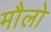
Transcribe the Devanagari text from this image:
मौलो